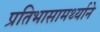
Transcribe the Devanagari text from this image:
प्रतिभासामर्थ्याने